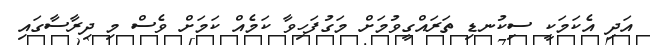
އަދި އެކަމަކީ ސިކުނޑި ތަރައްގީވުމަށް މަގުފަހިވާ ކަމެއް ކަމަށް ވެސް މި ދިރާސާގައި